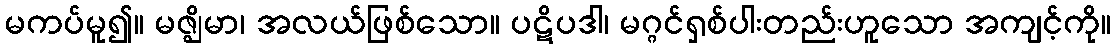
မကပ်မူ၍။ မဇ္ဈိမာ၊ အလယ်ဖြစ်သော။ ပဋိပဒါ၊ မဂ္ဂင်ရှစ်ပါးတည်းဟူသော အကျင့်ကို။